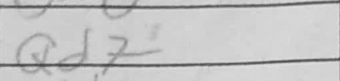
Transcription: Qd7